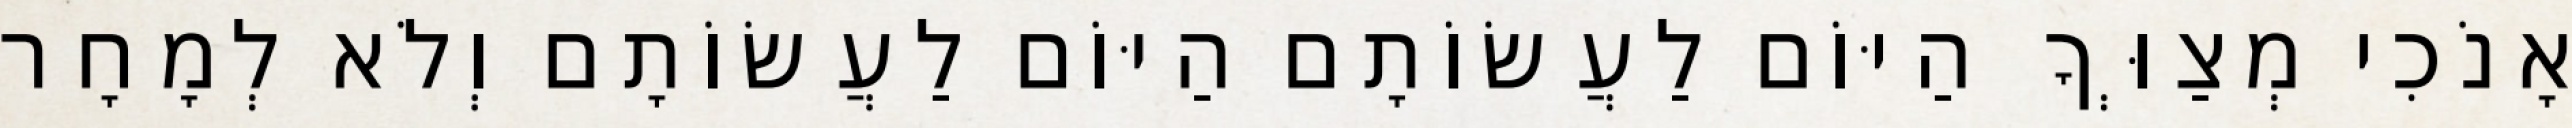
אָנֹכִי מְצַוְּךָ הַיּוֹם לַעֲשׂוֹתָם הַיּוֹם לַעֲשׂוֹתָם וְלֹא לְמָחָר